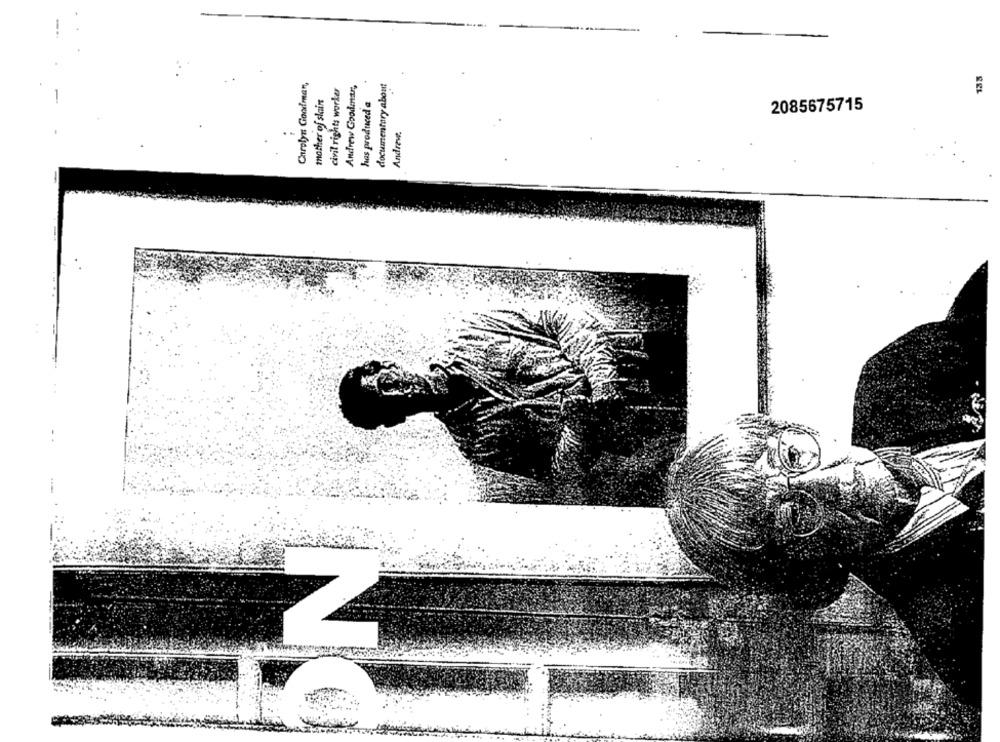
133
Carolyn: Goodman,
civil rights worker
Andrew Goodmar,
documentary about
mother of slain
has produced a
2085675715
Andrewe.